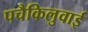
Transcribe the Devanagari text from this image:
पचैकिलुवाई